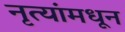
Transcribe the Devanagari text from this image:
नृत्यांमधून